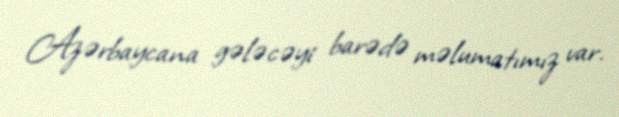
Azərbaycana gələcəyi barədə məlumatımız var.